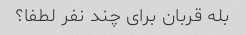
بله قربان برای چند نفر لطفا؟